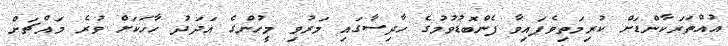
އުއްތަރަކާންޑަށް ކުރިމަތިވެފައިވާ ފެންބޮޑުވުމުގެ ހާދިސާގައި މަރުވި މީހުންގެ އަދަދު ހާހަކަށް ވުރެ މައްޗަށް